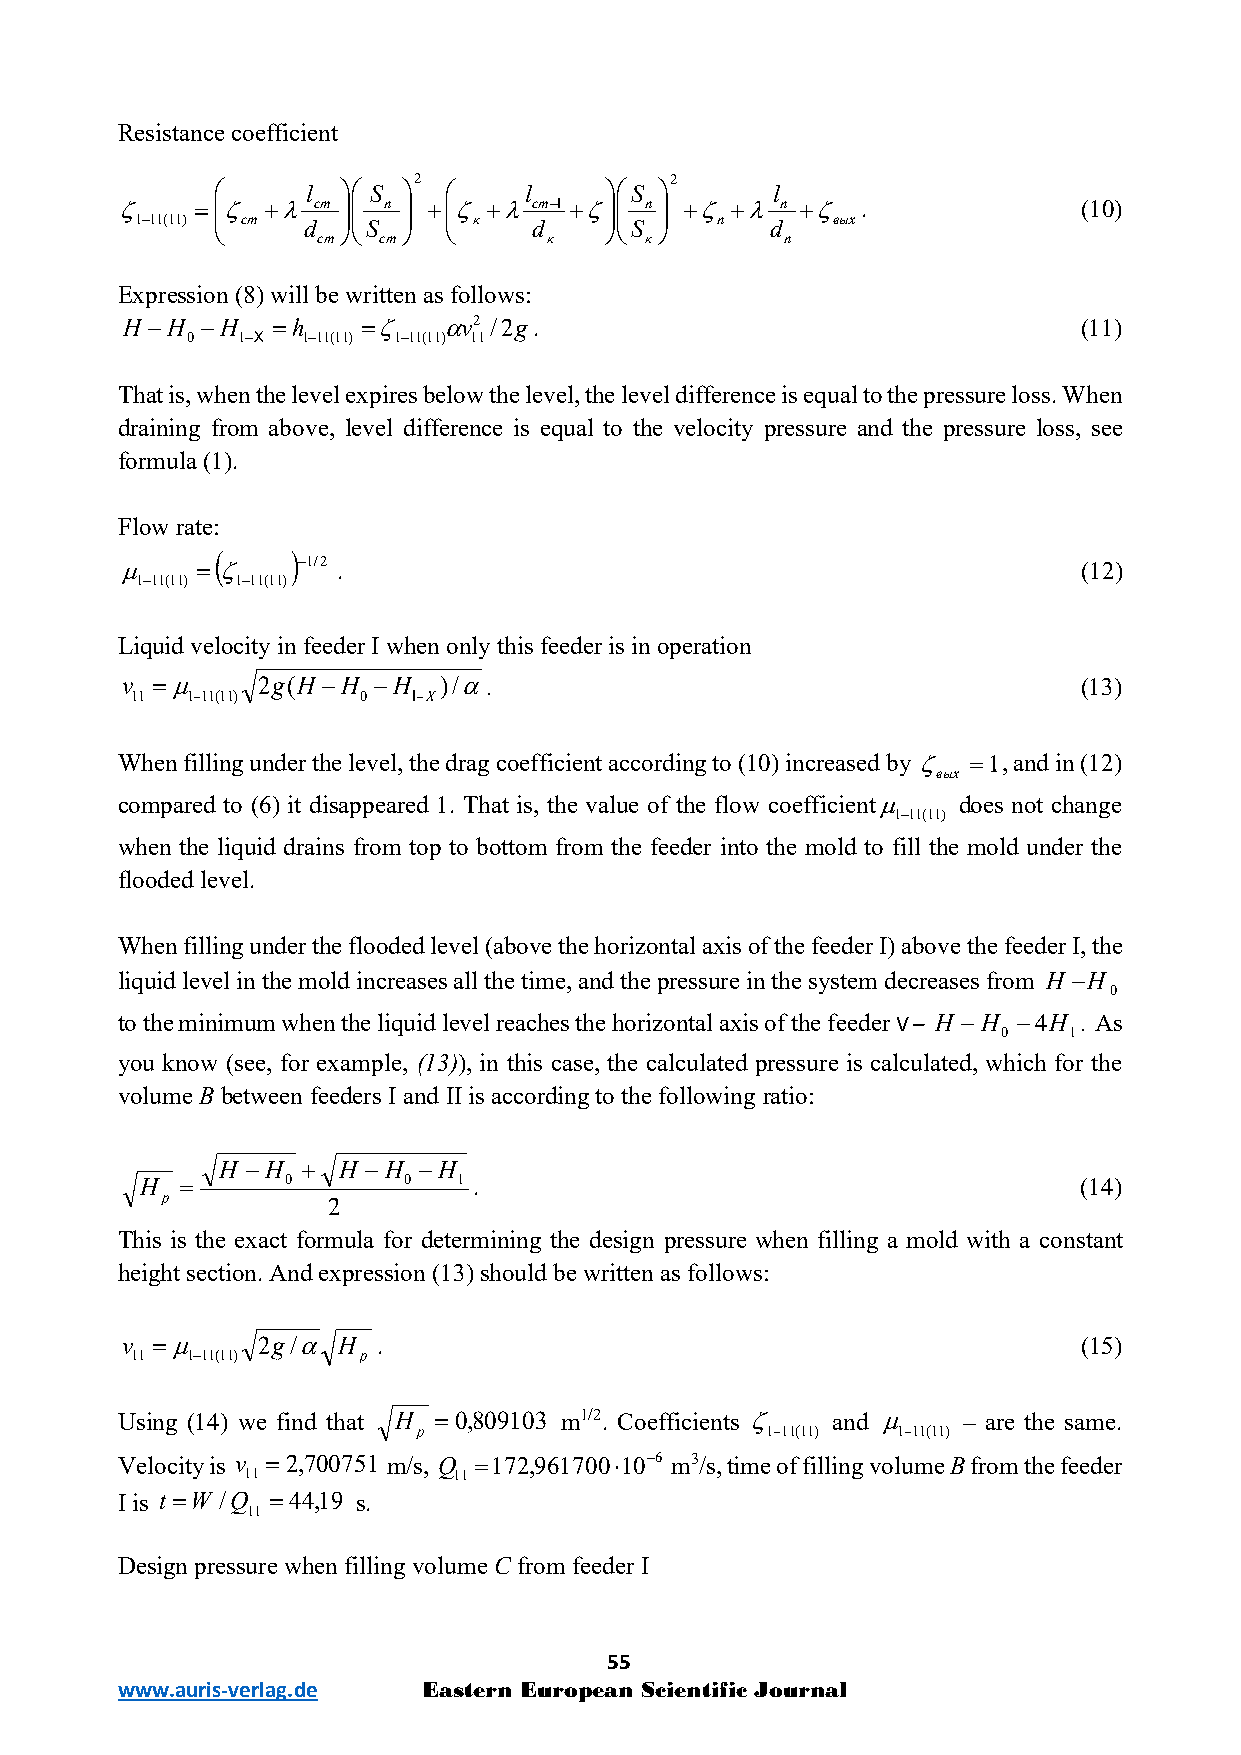
Resistance coefficient
 2                2
      l   S      l    S       l
 ζ    =ζ  +λ ст  п  +ζ +λ ст−I +ζ п  +ζ +λ п +ζ .        (10)
 1−11(11)   ст d   S     к d   S   п d вых
 ст  ст         к      к        п
 Expression (8) will be written as follows:
 H −H −H   =h    =ζ   αv2 /2g.                                   (11)
 0   1−X 1−11(11) 1−11(11) 11
 That is, when the level expires below the level, the level difference is equal to the pressure loss. When
 draining from above, level difference is equal to the velocity pressure and the pressure loss, see
 formula (1).
 Flow rate:
 (    )
 µ    = ζ    −1/2 .                                              (12)
 1−11(11) 1−11(11)
 Liquid velocity in feeder I when only this feeder is in operation
 v =µ     2g(H −H −H  )/α.                                       (13)
 11 1−11(11)    0  I−X
 When filling under the level, the drag coefficient according to (10) increased by ζ =1, and in (12)
 вых
 compared to (6) it disappeared 1. That is, the value of the flow coefficientµ does not change
 1−11(11)
 when the liquid drains from top to bottom from the feeder into the mold to fill the mold under the
 flooded level.
 When filling under the flooded level (above the horizontal axis of the feeder I) above the feeder I, the
 liquid level in the mold increases all the time, and the pressure in the system decreases from H −H
 0
 to the minimum when the liquid level reaches the horizontal axis of the feeder V – H −H −4H . As
 0    1
 you know (see, for example, (13)), in this case, the calculated pressure is calculated, which for the
 volume B between feeders I and II is according to the following ratio:
 H −H + H −H  −H
 H  =      0       0  1 .                                       (14)
 р          2
 This is the exact formula for determining the design pressure when filling a mold with a constant
 height section. And expression (13) should be written as follows:
 v =µ     2g/α H  .                                              (15)
 11 1−11(11)    р
 Using (14) we find that H =0,809103 m1/2. Coefficients ζ and µ – are the same.
 р                      1−11(11) 1−11(11)
 Velocity is v =2,700751 m/s, Q =172,961700⋅10−6 m3/s, time of filling volume B from the feeder
 11            11
 I is t =W /Q =44,19 s.
 11
 Design pressure when filling volume C from feeder I
 55
 www.auris-verlag.de Eastern European Scientific Journal